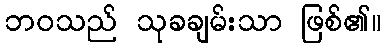
ဘဝသည် သုခချမ်းသာ ဖြစ်၏။